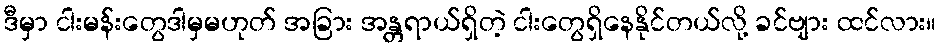
ဒီမှာ ငါးမန်းတွေဒါမှမဟုတ် အခြား အန္တရာယ်ရှိတဲ့ ငါးတွေရှိနေနိုင်တယ်လို့ ခင်ဗျား ထင်လား။